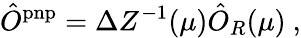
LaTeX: \hat{O}^{\mathrm{pnp}}=\Delta Z^{-1}(\mu)\hat{O}_{R}(\mu)\ ,